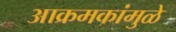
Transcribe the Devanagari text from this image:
आक्रमकांमुळे